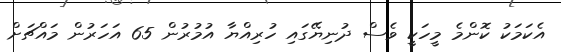
އެކަމަކު ކޮންމެ މީހަކީ ވެސް ދުނިޔޭގައި ހުރިއްޔާ އުމުރުން 65 އަހަރުން މައްޗަށް